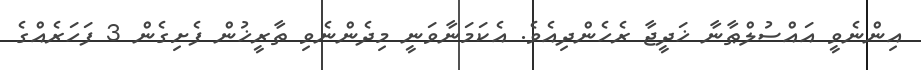
އިންނެވީ އައްސުލްޠާނާ ޚަދީޖާ ރެހެންދިއެވެ. އެކަމަނާވަނީ މިދެންނެވި ތާރީޚުން ފެށިގެން 3 ފަހަރެއްގެ